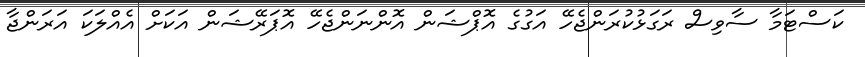
ކަސްޓަމާ ސާވިސް ރަގަޅުކުރަންޖެހޭ އަގުގެ އޮޕްޝަން އޮންނަންޖެހޭ އޮޕަރޭޝަން އަކަށް އެއްލަކަ އަރަންޖާ